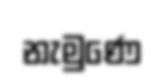
නැමුණෙ